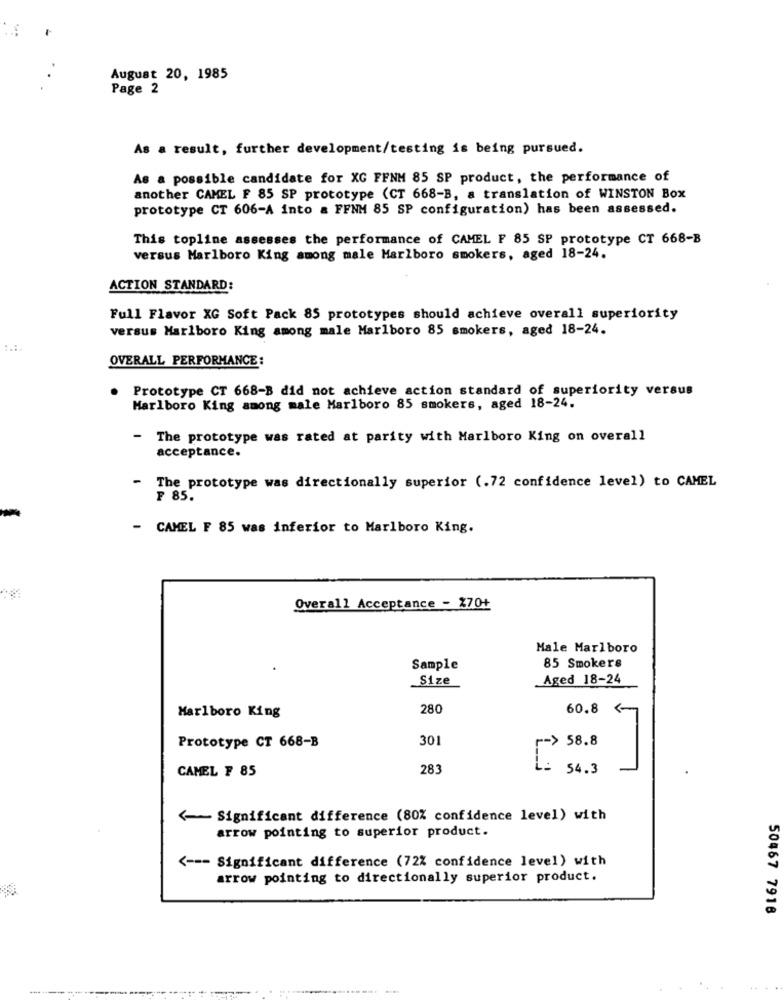
August 20, 1985
Page 2
As a result, further development/testing is being pursued.
As a possible candidate for XG FFNM 85 SP product, the performance of
another CAMEL F 85 SP prototype (CT 668-B, a translation of WINSTON Box
prototype CT 606-A into a FFNM 85 SP configuration) has been assessed.
This topline assesses the performance of CAMEL F 85 SP prototype CT 668-B
versus Marlboro King among male Marlboro smokers, aged 18-24.
ACTION STANDARD:
Full Flavor XG Soft Pack 85 prototypes should achieve overall superiority
versus Marlboro King among male Marlboro 85 smokers, aged 18-24.
OVERALL PERFORMANCE:
Prototype CT 668-B did not achieve action standard of superiority versus
Marlboro King among male Marlboro 85 smokers, aged 18-24.
- The prototype was rated at parity with Marlboro King on overall
acceptance.
- The prototype was directionally superior (.72 confidence level) to CAMEL
F 85.
- CAMEL F 85 was inferior to Marlboro King.
Overall Acceptance - %70+
Male Marlboro
Sample
85 Smokers
Size
Aged 18-24
Marlboro King
280
60.8 <-
301
r=> 58.8
Prototype CT 668-B
CAMEL F 85
283
54.3
<- Significant difference (80% confidence level) with
arrow pointing to superior product.
<--- Significant difference (72% confidence level) with
arrow pointing to directionally superior product.
50467 7918